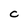
Character: C